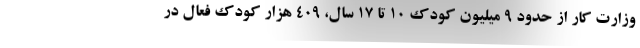
وزارت کار از حدود 9 میلیون کودک 10 تا 17 سال، 409 هزار کودک فعال در